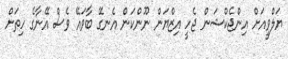
ޔަލްވީއަށް އިންޖެކްޝަން ޖެހީ އިޒްޔަން ނޫންކަން އެނގޭ ބާވައޭ ވެސް އޭނާގެ ހިތަށް